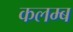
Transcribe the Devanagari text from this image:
कलम्ब